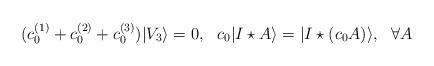
LaTeX: \begin{align*}(c_0^{(1)}+c_0^{(2)}+c_0^{(3)})|V_3\rangle=0,\ \ c_0|I\star A\rangle=|I\star(c_0A)\rangle,\ \ \forall A\end{align*}